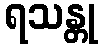
ရသန္တု